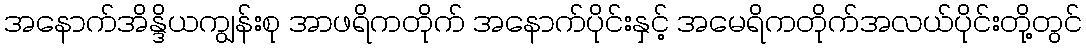
အနောက်အိန္ဒိယကျွန်းစု အာဖရိကတိုက် အနောက်ပိုင်းနှင့် အမေရိကတိုက်အလယ်ပိုင်းတို့တွင်